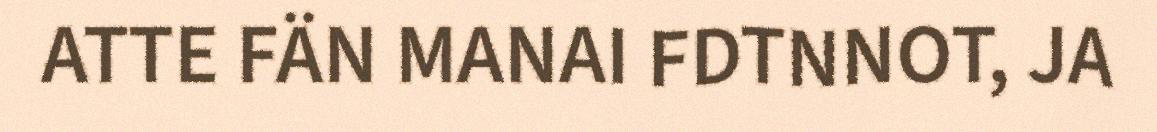
ATTE FÄN MANAI FDTNNOT, JA